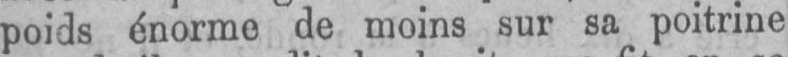
poids énorme de moins sur sa poitrine